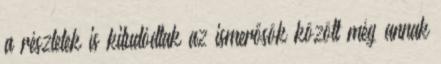
a részletek is kitudódtak az ismerősök között még annak